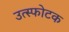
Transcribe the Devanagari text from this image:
उत्स्फोटक